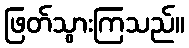
ဖြတ်သွားကြသည်။